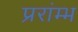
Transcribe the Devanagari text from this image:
प्ररांम्भ